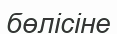
бөлісіне